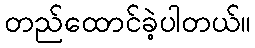
တည်ထောင်ခဲ့ပါတယ်။